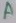
Text: A